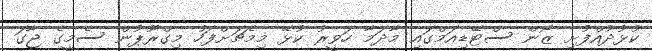
ކުޅުދުއްފުށި ޒޯން ސްޓޭޑިއަމްގައި މާދަމާ ހަވީރު ކުޅޭ މިމެޗަށްފަހު މިގްރޫޕުން ސެމީގެ ޖާގަ